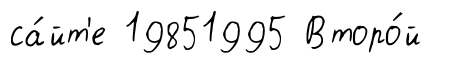
са́йт'е 19851995 Второ́й